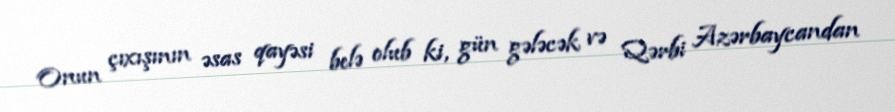
Onun çıxışının əsas qayəsi belə olub ki, gün gələcək və Qərbi Azərbaycandan